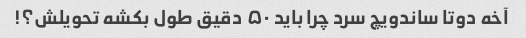
آخه دوتا ساندویچ سرد چرا باید ۵۰ دقیق طول بکشه تحویلش؟!